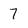
Character: 7